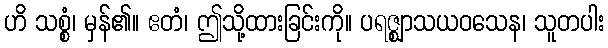
ဟိ သစ္စံ၊ မှန်၏။ ဧတံ၊ ဤသို့ထားခြင်းကို။ ပရဇ္ဈာသယဝသေန၊ သူတပါး